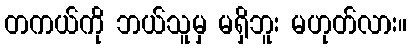
တကယ်ကို ဘယ်သူမှ မရှိဘူး မဟုတ်လား။